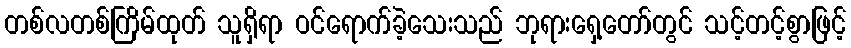
တစ်လတစ်ကြိမ်ထုတ် သူရှိရာ ဝင်ရောက်ခဲ့သေးသည် ဘုရားရှေ့တော်တွင် သင့်တင့်စွာဖြင့်